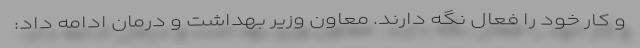
و کار خود را فعال نگه دارند. معاون وزیر بهداشت و درمان ادامه داد: